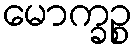
မောက္ခဉ္စ